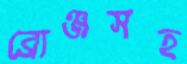
ব্রোঞ্জসহ